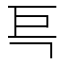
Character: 巪